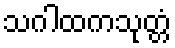
သဂါထကသုတ္တံ